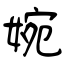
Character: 婉